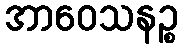
အာဝေသနဉ္စ